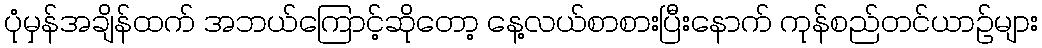
ပုံမှန်အချိန်ထက် အဘယ်ကြောင့်ဆိုတော့ နေ့လယ်စာစားပြီးနောက် ကုန်စည်တင်ယာဉ်များ